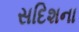
સદિશના